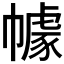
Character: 𭘶